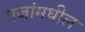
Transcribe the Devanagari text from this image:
राजांमधील